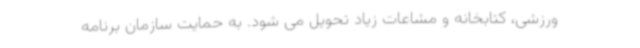
ورزشی، کتابخانه و مشاعات زیاد تحویل می شود. به حمایت سازمان برنامه